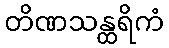
တိဏသန္ထရိကံ